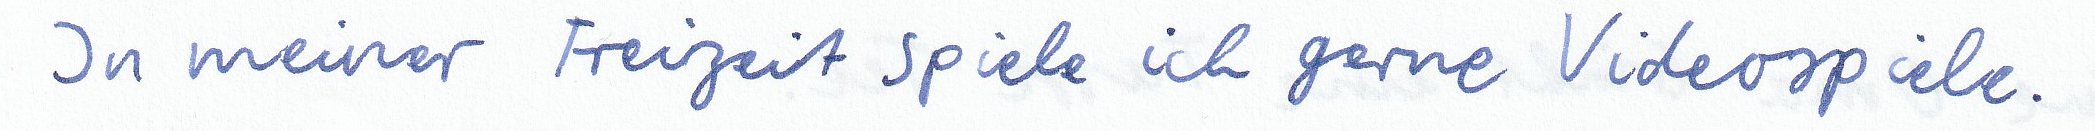
In meiner Freizeit spiele ich gerne Videospiele.